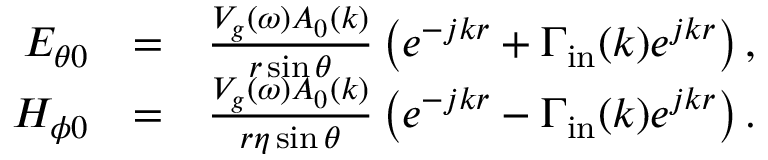
\begin{array} { r l r } { E _ { \theta 0 } } & { = } & { \frac { V _ { g } ( \omega ) A _ { 0 } ( k ) } { r \sin \theta } \left( e ^ { - j k r } + \Gamma _ { \mathrm { i n } } ( k ) e ^ { j k r } \right) , } \\ { H _ { \phi 0 } } & { = } & { \frac { V _ { g } ( \omega ) A _ { 0 } ( k ) } { r \eta \sin \theta } \left( e ^ { - j k r } - \Gamma _ { \mathrm { i n } } ( k ) e ^ { j k r } \right) . } \end{array}